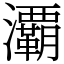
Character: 㶚